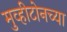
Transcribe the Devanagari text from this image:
मुव्हीटोनच्या